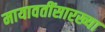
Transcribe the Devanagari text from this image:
मायावतींसारख्या